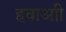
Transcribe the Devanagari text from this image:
हवाआी